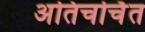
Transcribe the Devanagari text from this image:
अतिचर्चित